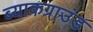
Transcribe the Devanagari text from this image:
ब्याकग्राउंड